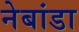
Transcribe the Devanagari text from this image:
नेबांडा